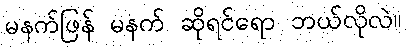
မနက်ဖြန် မနက် ဆိုရင်ရော ဘယ်လိုလဲ။